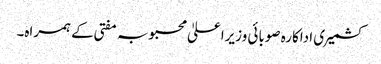
کشمیری اداکارہ صوبائی وزیراعلیٰ محبوبہ مفتی کے ہمراہ۔